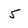
Character: 5